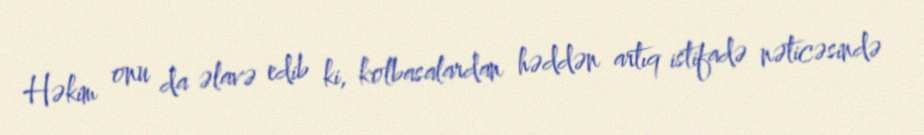
Həkim onu da əlavə edib ki, kolbasalardan həddən artıq istifadə nəticəsində